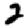
Digit: 2